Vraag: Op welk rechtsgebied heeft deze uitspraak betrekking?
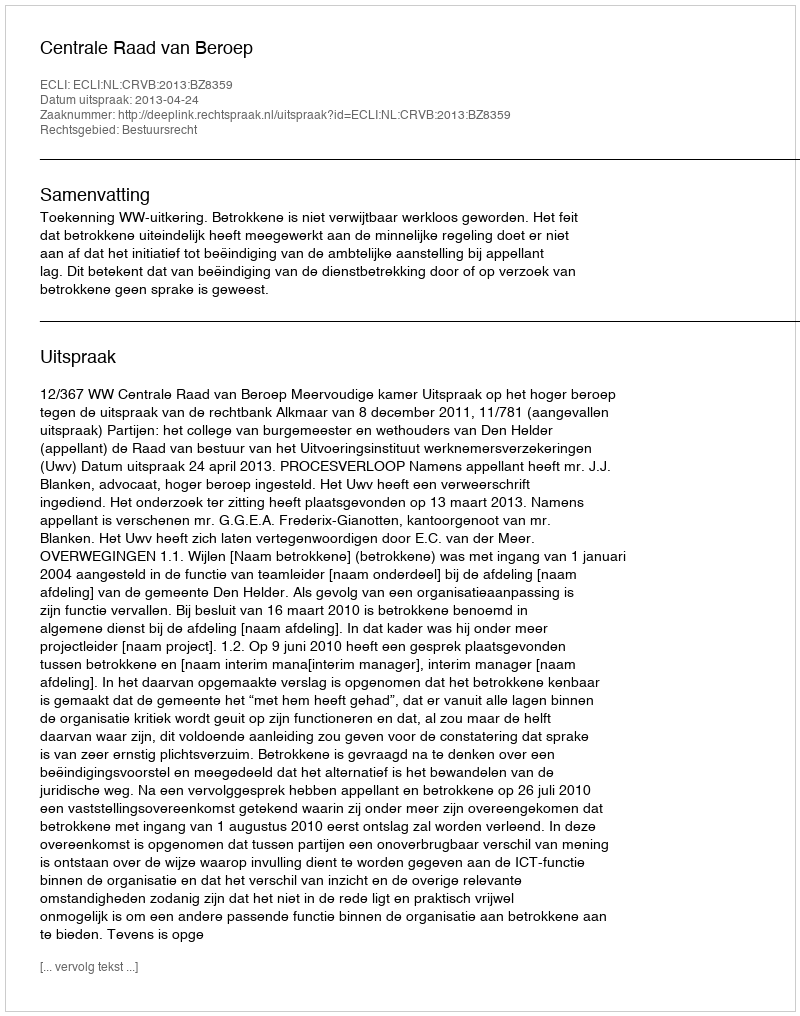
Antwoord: Bestuursrecht